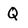
Character: Q